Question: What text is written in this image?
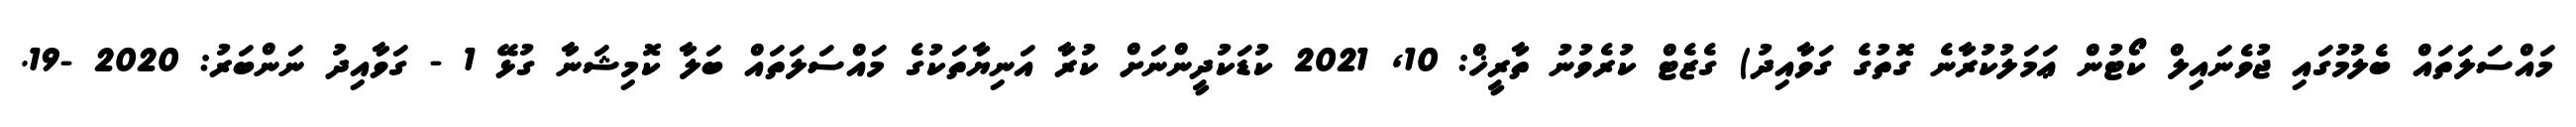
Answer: މައްސަލަތައް ބެލުމުގައި ޖުވެނައިލް ކޯޓުން ޢަމަލުކުރާނެ ގޮތުގެ ގަވާއިދު) ގެޒެޓް ކުރެވުނު ތާރީޚް: 10, 2021 ކުޑަކުދީންނަށް ކުރާ އަނިޔާތަކުގެ މައްސަލަތައް ބަލާ ކޮމިޝަނާ ގުޅޭ 1 - ގަވާއިދު ނަންބަރު: 2020 -19.